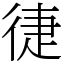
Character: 徢